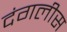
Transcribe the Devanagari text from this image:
दंगलीस